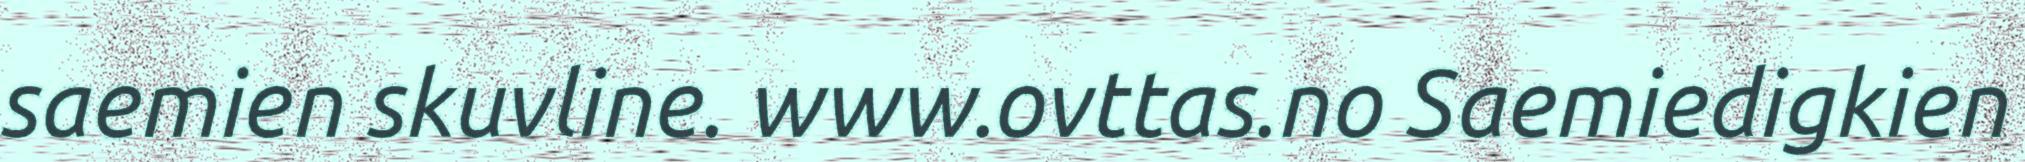
saemien skuvline. www.ovttas.no Saemiedigkien